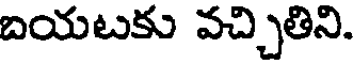
బయటకు వచ్చితిని.